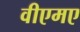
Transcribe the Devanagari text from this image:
वीएमए